Vaccination in Bombay 1889-1901 - 1889-1901
Year: 1889
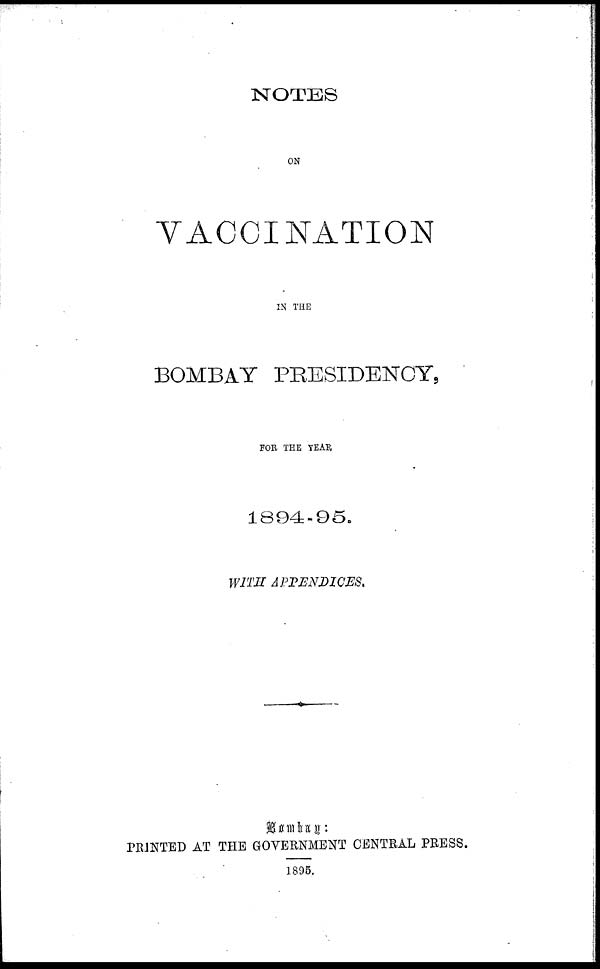
NOTES
ON
VACCINATION
IN THE
BOMBAY PRESIDENCY,
FOR THE YEAR
1894-95.
WITH APPENDICES.
Bombay:
PRINTED AT THE GOVERNMENT CENTRAL PRESS.
1895.